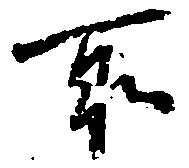
所